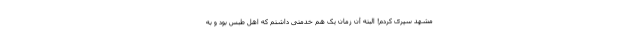
مشهد سپری کردم! البته آن زمان یک هم خدمتی داشتم که اهل طبس بود و به